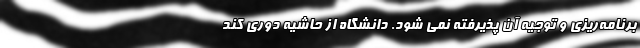
برنامه‌ریزی و توجیه آن پذیرفته نمی شود. دانشگاه از حاشیه‌ دوری کند